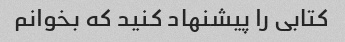
کتابی را پیشنهاد کنید که بخوانم